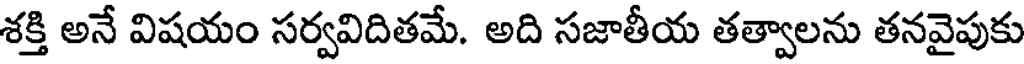
శక్తి అనే విషయం సర్వవిదితమే. అది సజాతీయ తత్వాలను తనవైపుకు